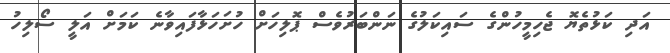
އަދި ކަޅުތެޔޮ ޖެހިމީހުންގެ ސައިކަލުގެ ނަންބަރުވެސް ޕޮލިހަށް ހުށަހަޅާފައިވާނެ ކަމަށް އަލީ ސޯލިހު